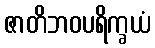
ဇာတိဘဝပရိက္ခယံ